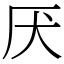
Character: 厌